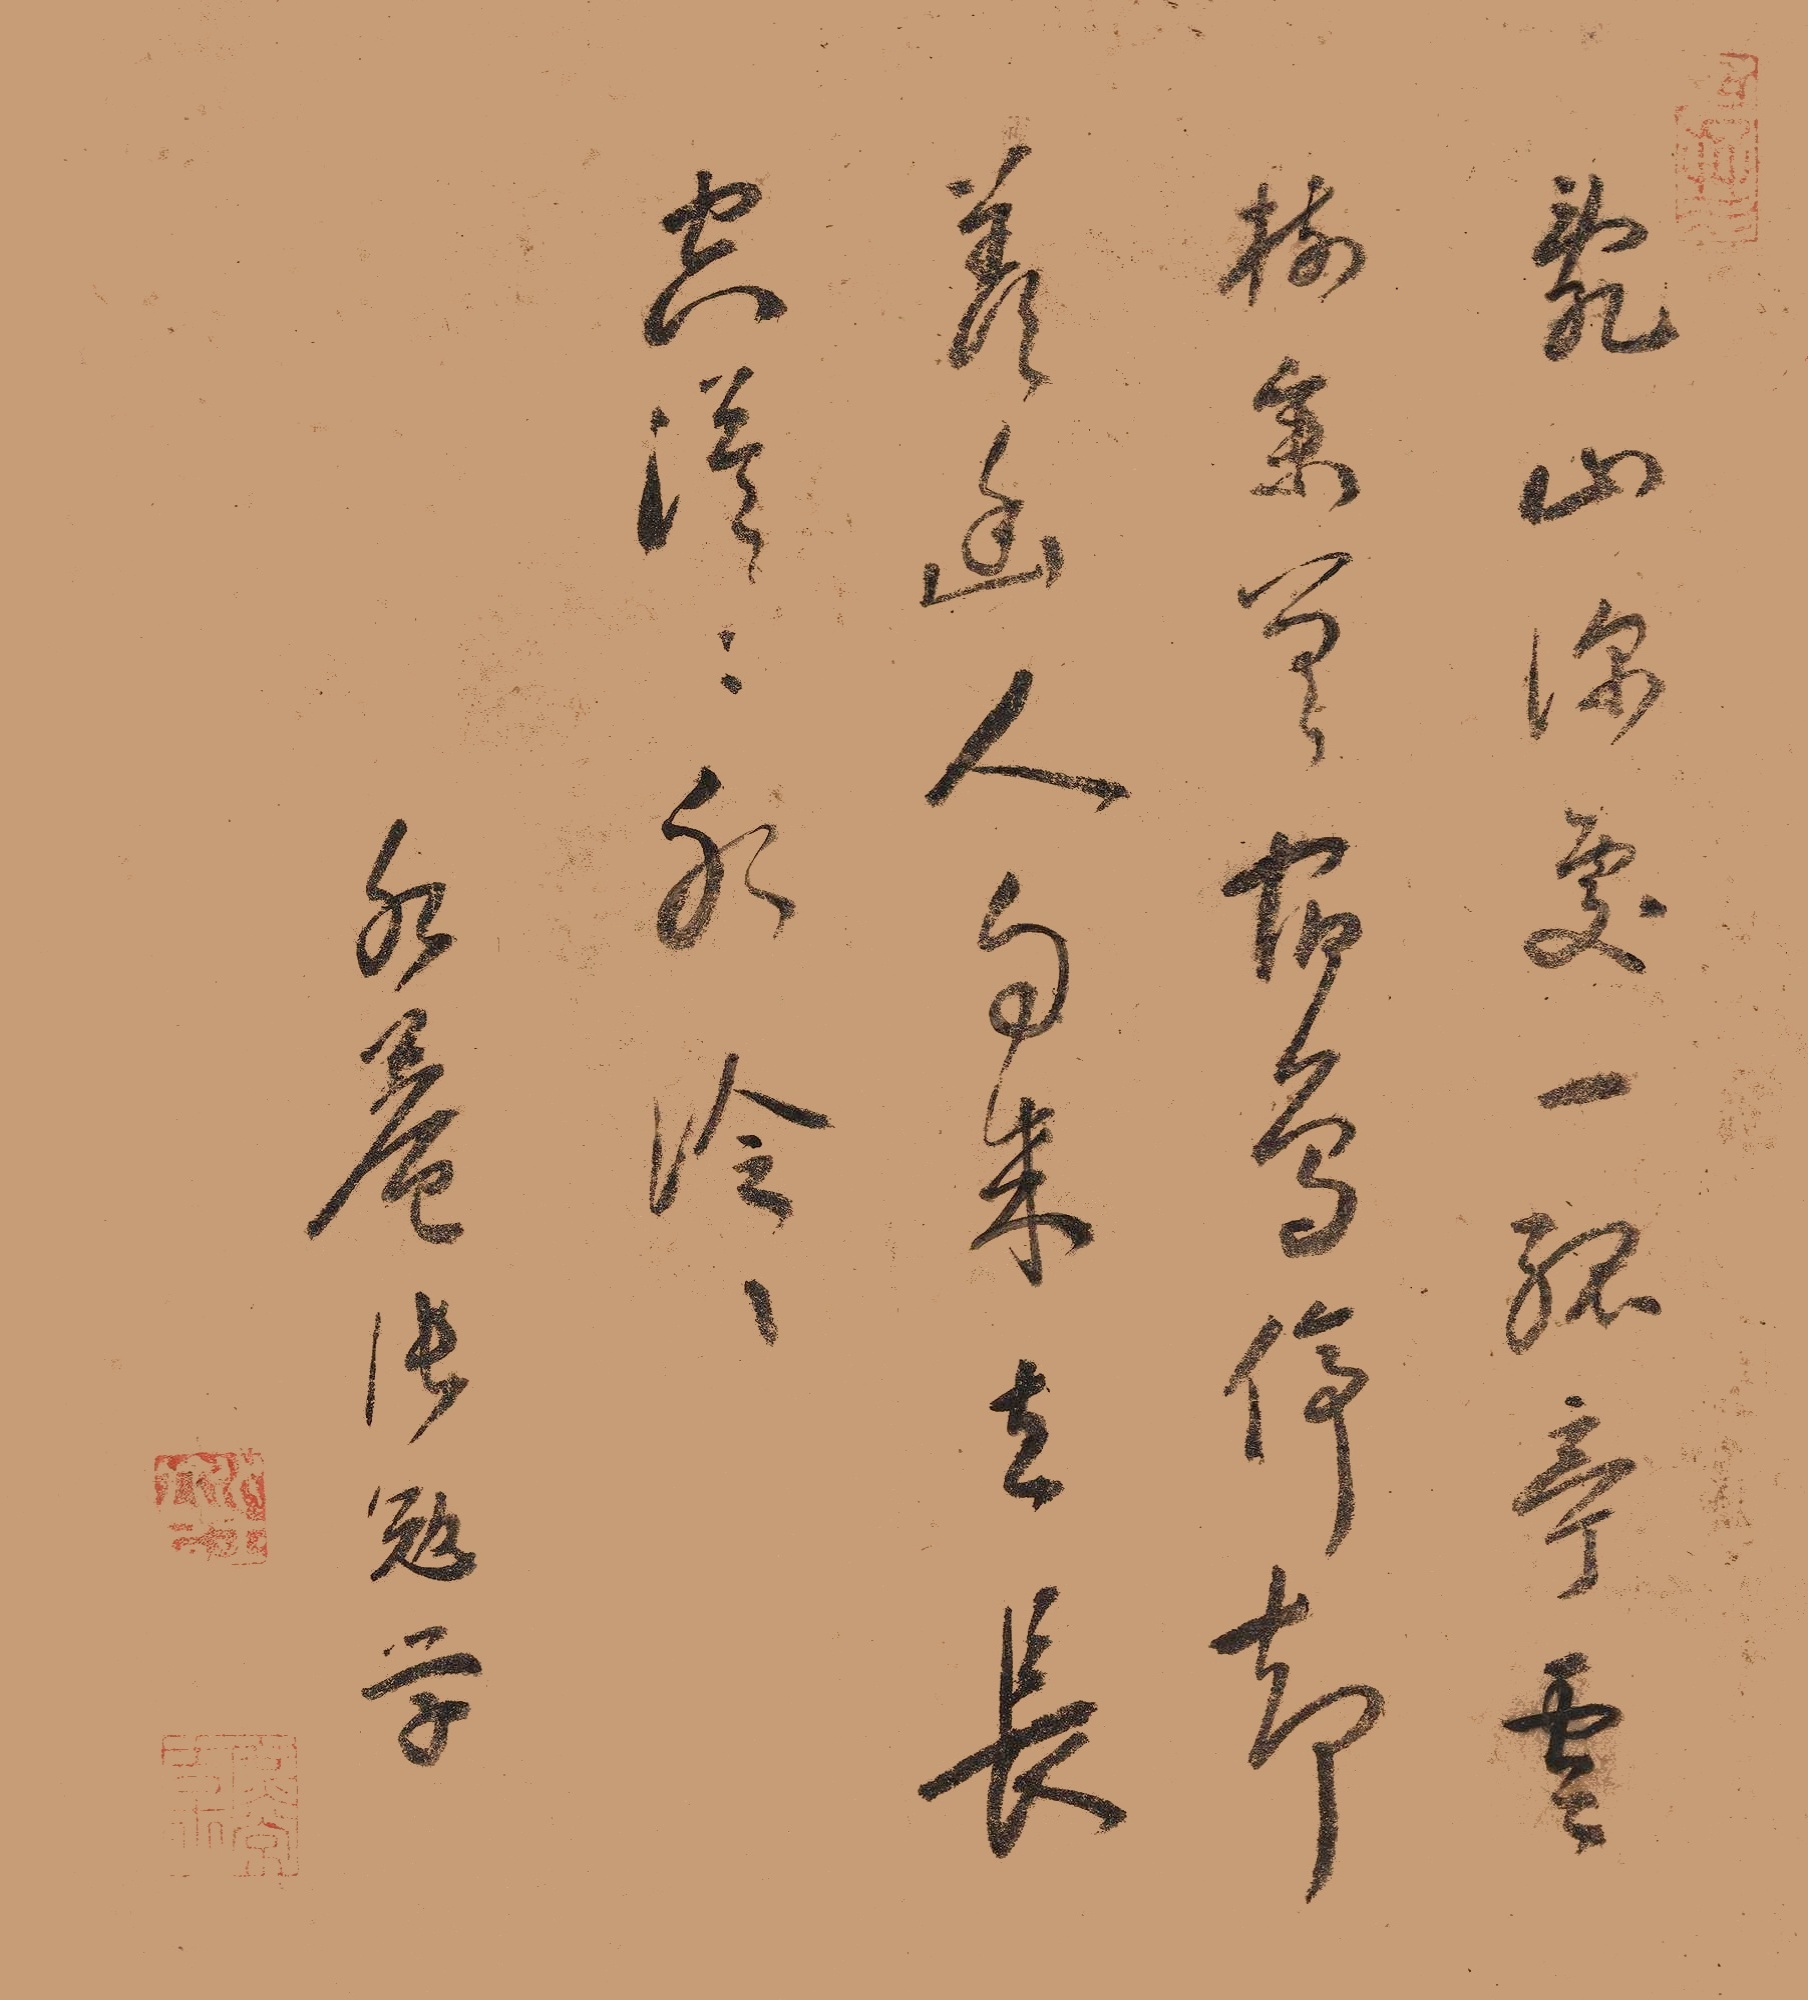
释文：乱山深处一孤亭，云树参差宿鸟停。却羡幽人自来去，长空漠漠水泠泠。水庵张勉学。